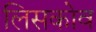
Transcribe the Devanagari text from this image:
लिसकोव